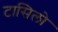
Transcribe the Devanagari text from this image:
टासिलो